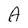
Character: A